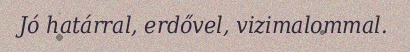
Jó határral, erdővel, vizimalommal.